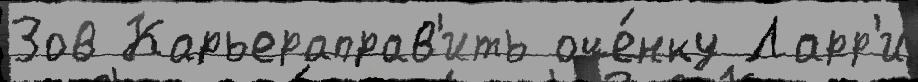
Зов Карьераправ'ить оце́нку Ларр'и